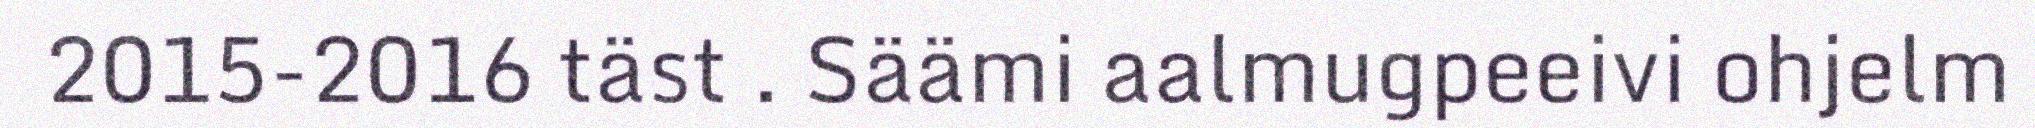
2015-2016 täst . Säämi aalmugpeeivi ohjelm